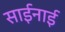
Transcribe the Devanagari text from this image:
साईनाई